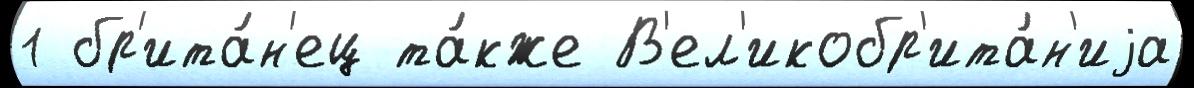
1 бр'ита́н'ец та́кже В'ел'икобр'ита́н'иjа